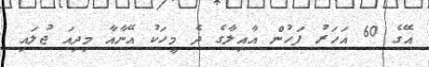
އޭގެ 60 އަހަރު ފަހުން އާއިލާގެ ދެ މީހަކު އޭނާއާ މިދިއަ ޖުލައި